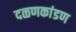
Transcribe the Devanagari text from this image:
दळणकांडण